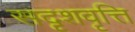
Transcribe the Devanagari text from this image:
सदृशवृत्ति